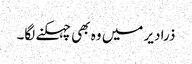
ذرا دیر میں وہ بھی چہکنے لگا۔